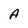
Character: A